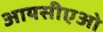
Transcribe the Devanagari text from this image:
आयसीएओ